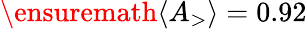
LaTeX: \ensuremath{\langle A_{>}\rangle}=0.92